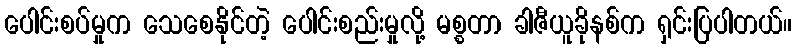
ပေါင်းစပ်မှုက သေစေနိုင်တဲ့ ပေါင်းစည်းမှုလို့ မစ္စတာ ခါဇီယူခိုနစ်က ရှင်းပြပါတယ်။